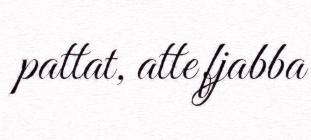
pattat, atte fjabba